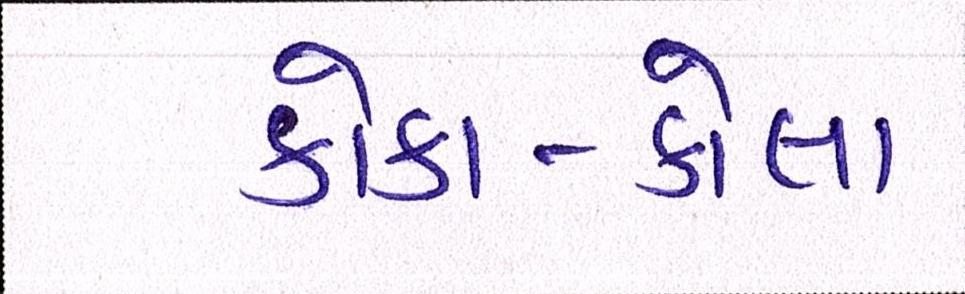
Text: કોકા-કોલા